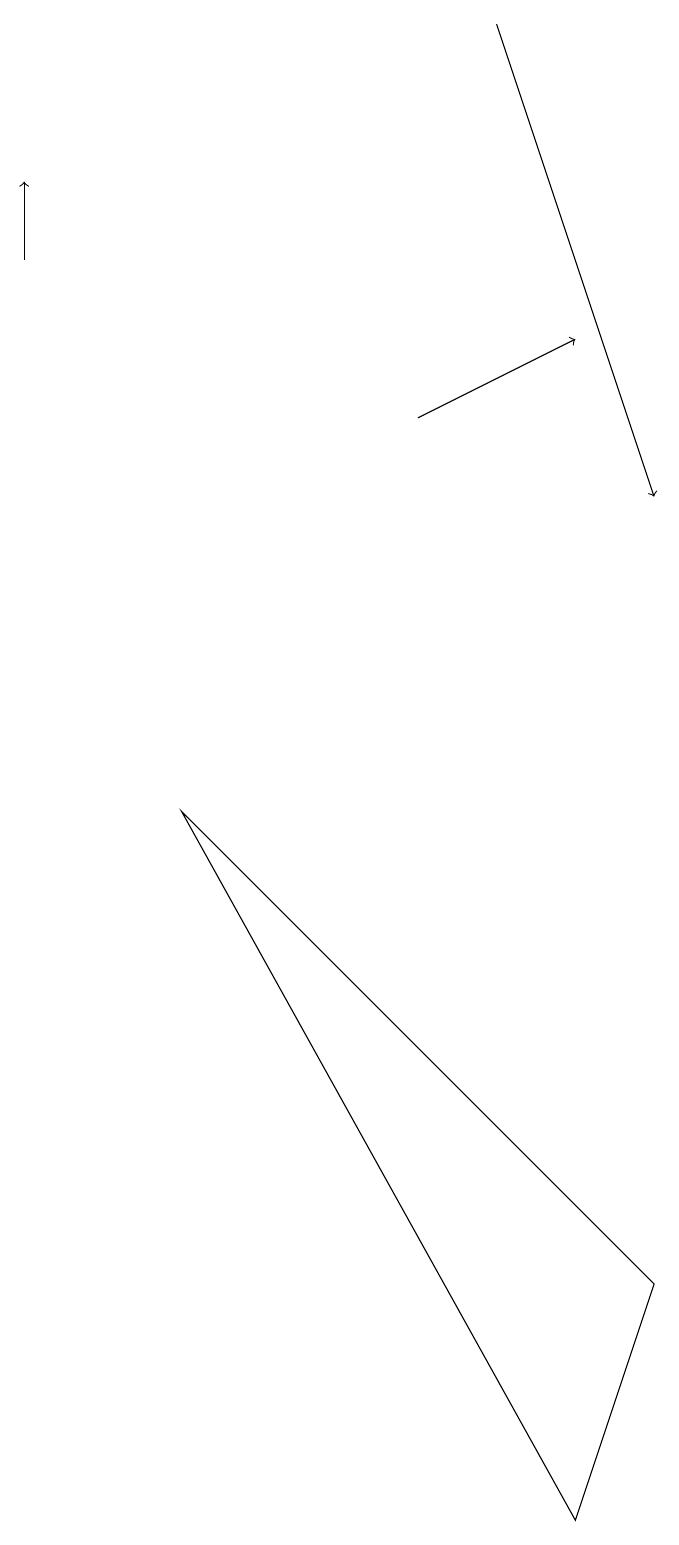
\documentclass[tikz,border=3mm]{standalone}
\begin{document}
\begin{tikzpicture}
\draw[->] (6,14) -- (8,15);
\draw[->] (7,19) -- (9,13);
\draw[->] (1,16) -- (1,17);
\draw (3,9) -- (9,3) -- (8,0) -- cycle;
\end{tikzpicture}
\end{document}